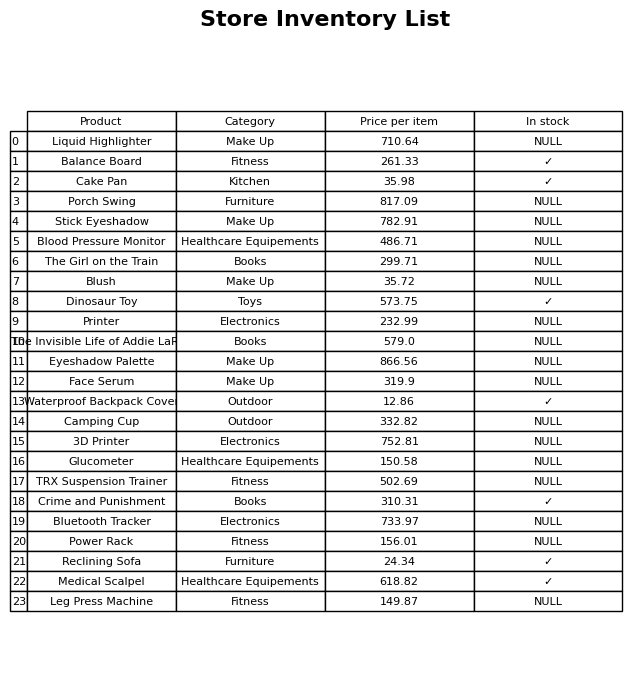
question: What is the price of the Glucometer?
answer: The price of Glucometer is 150.58.